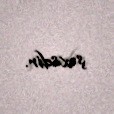
şəxsdir.